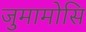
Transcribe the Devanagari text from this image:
जुमामोसि